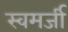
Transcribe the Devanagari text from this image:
स्वमर्जी